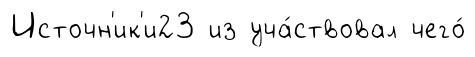
Источн'ик'и23 из уча́ствовал чего́